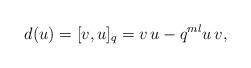
LaTeX: \begin{align*}d(u)=[v,u]_q=v\,u-q^{ml}u\,v,\end{align*}